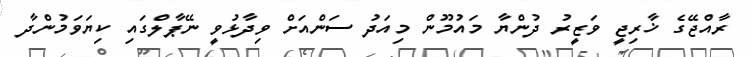
ރާއްޖޭގެ ޚާރިޖީ ވަޒީރު ދުންޔާ މައުމޫން މިއަދު ސަންއަށް ވިދާޅުވީ ނޭޕާލްގައި ކިޔަވަމުންދާ